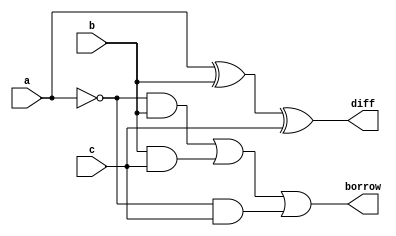
module full_sub(a,b,c,diff, borrow);
  input  a,b,c;
  output diff, borrow;

  assign diff = a^b^c;
  assign borrow = (~a&b)|(b&c)|(~a&c);
endmodule